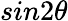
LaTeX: sin2\theta